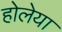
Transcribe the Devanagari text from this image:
होलेया